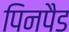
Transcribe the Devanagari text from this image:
पिनपैड